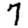
Digit: 7